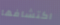
اكتشافها